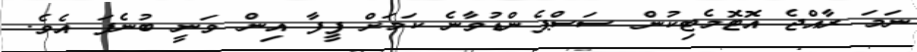
ނަމަ ރާއްޖެ އޮޓޮމެޓިކުން ސަސްޕެންޑުވާނެ ކަމަށް ފީފާ އިން ވަނީ ބުނެފަ އެވެ.